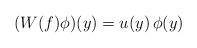
LaTeX: \begin{align*}( W(f)\phi )(y)=u(y)\,\phi(y)\end{align*}